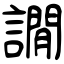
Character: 譋